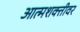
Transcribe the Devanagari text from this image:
आत्मशक्तीवर